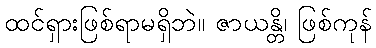
ထင်ရှားဖြစ်ရာမရှိဘဲ။ ဇာယန္တိ၊ ဖြစ်ကုန်